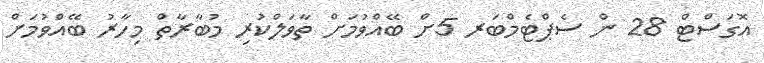
އޮގަސްޓް 28 ން ސެޕްޓެމްބަރ 5ށް ބޭއްވުމަށް ތާވަލްކުރި މުބާރާތް މިހާރު ބޭއްވުމަށް